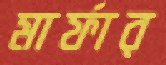
মার্ফার